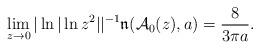
LaTeX: \begin{align*} \lim_{z \to 0} |\ln|\ln z^2 | |^{-1} \mathfrak{n}(\mathcal{A}_0 (z), a) = \frac8{3\pi a} . \end{align*}